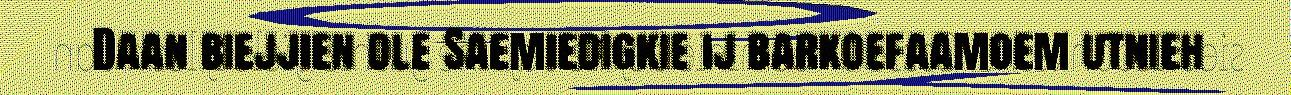
Daan biejjien dle Saemiedigkie ij barkoefaamoem utnieh